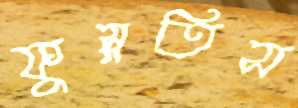
ফুস্‌লতিস